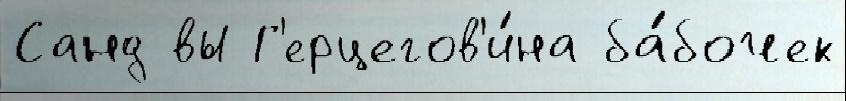
Санд вы Г'ерцегов'и́на ба́бочек